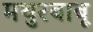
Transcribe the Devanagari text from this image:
मथुरबाबू